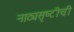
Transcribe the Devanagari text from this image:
नाट्यसृष्‍टीची